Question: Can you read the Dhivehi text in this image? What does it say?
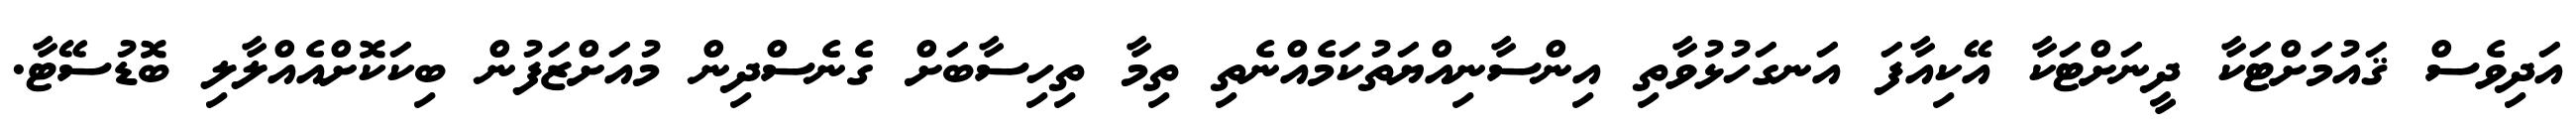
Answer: އަދިވެސް ޤައުމަށްޓަކާ ދީނަށްޓަކާ އޭކިއާފަ އަނގަހުޅުވާތި އިންސާނިއްޔަތުކަމެއްނެތި ތިމާ ތިހިސާބަށް ގެނެސްދިން މުއަށްޒަފުން ބިކަކޮށްއެއްލާލި ބޮޑުސޭޓާ.